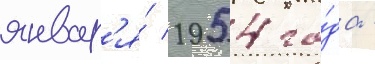
январ'я́ 1954 го́да -